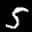
Label: 5